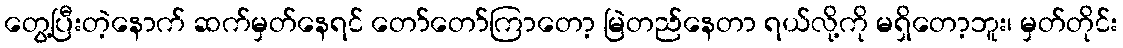
တွေ့ပြီးတဲ့နောက် ဆက်မှတ်နေရင် တော်တော်ကြာတော့ မြဲတည်နေတာ ရယ်လို့ကို မရှိတော့ဘူး၊ မှတ်တိုင်း